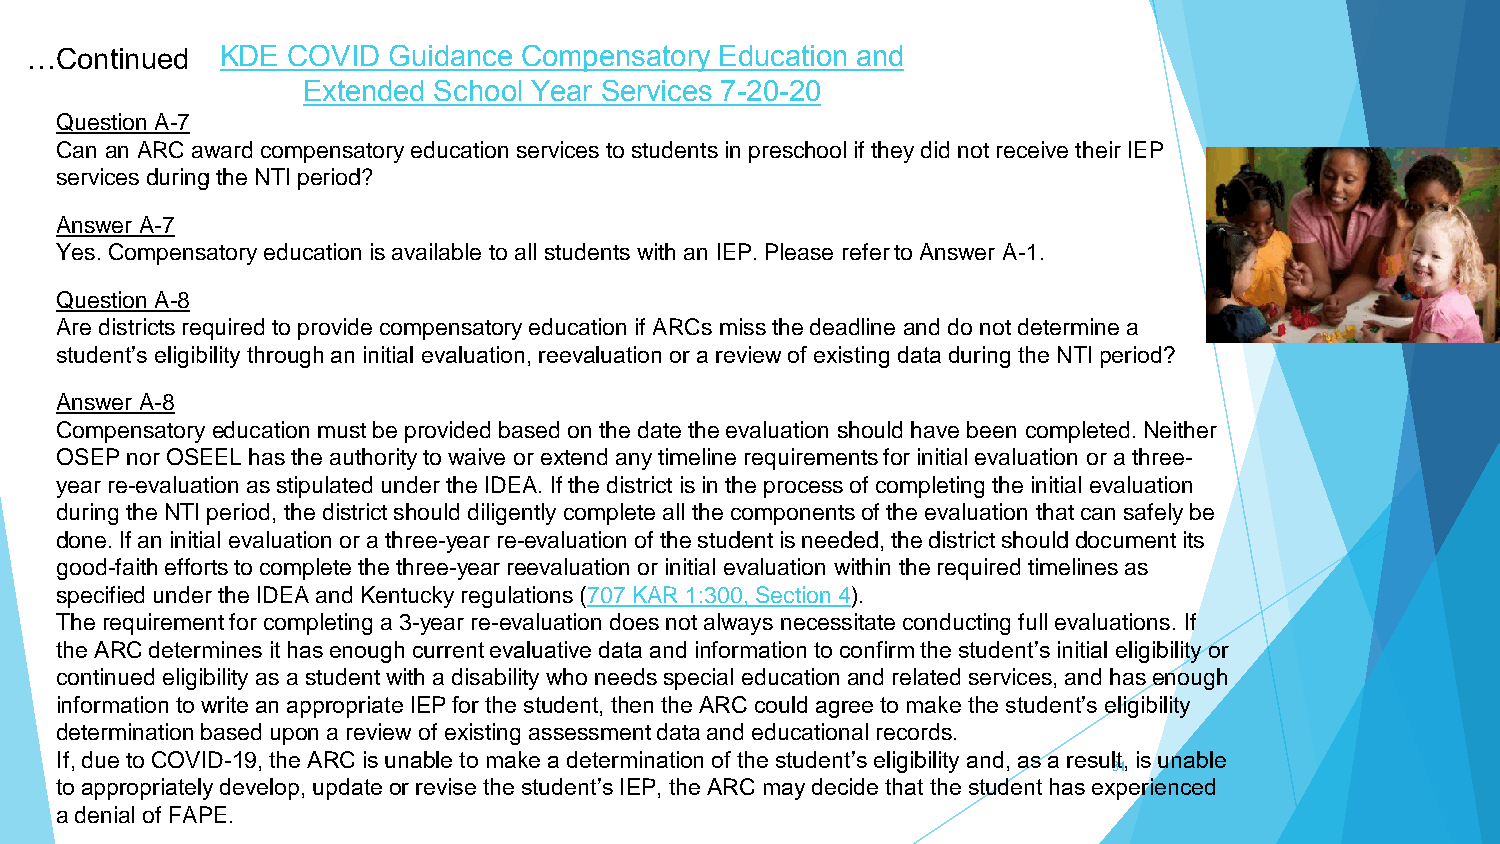
…Continued   KDE COVID  Guidance Compensatory Education and
 Extended School Year Services 7-20-20
 Question A-7
 Can an ARC award compensatory education services to students in preschool if they did not receive their IEP
 services during the NTI period?
 Answer A-7
 Yes. Compensatory education is available to all students with an IEP. Please refer to Answer A-1.
 Question A-8
 Are districts required to provide compensatory education if ARCs miss the deadline and do not determine a
 student’s eligibility through an initial evaluation, reevaluation or a review of existing data during the NTI period?
 Answer A-8
 Compensatory education must be provided based on the date the evaluation should have been completed. Neither
 OSEP nor OSEEL has the authority to waive or extend any timeline requirements for initial evaluation or a three-
 year re-evaluation as stipulated under the IDEA. If the district is in the process of completing the initial evaluation
 during the NTI period, the district should diligently complete all the components of the evaluation that can safely be
 done. If an initial evaluation or a three-year re-evaluation of the student is needed, the district should document its
 good-faith efforts to complete the three-year reevaluation or initial evaluation within the required timelines as
 specified under the IDEA and Kentucky regulations (707 KAR 1:300, Section 4).
 The requirement for completing a 3-year re-evaluation does not always necessitate conducting full evaluations. If
 the ARC determines it has enough current evaluative data and information to confirm the student’s initial eligibility or
 continued eligibility as a student with a disability who needs special education and related services, and has enough
 information to write an appropriate IEP for the student, then the ARC could agree to make the student’s eligibility
 determination based upon a review of existing assessment data and educational records.
 If, due to COVID-19, the ARC is unable to make a determination of the student’s eligibility and, as a result, is unable
 31
 to appropriately develop, update or revise the student’s IEP, the ARC may decide that the student has experienced
 a denial of FAPE.